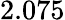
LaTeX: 2.075